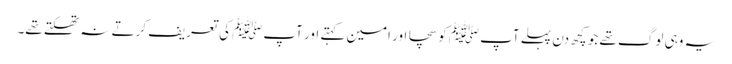
یہ وہی لوگ تھے جو کچھ دن پہلے آپﷺ کو سچا اور امین کہتے اور آپﷺ کی تعریف کرتے نہ تھکتے تھے۔